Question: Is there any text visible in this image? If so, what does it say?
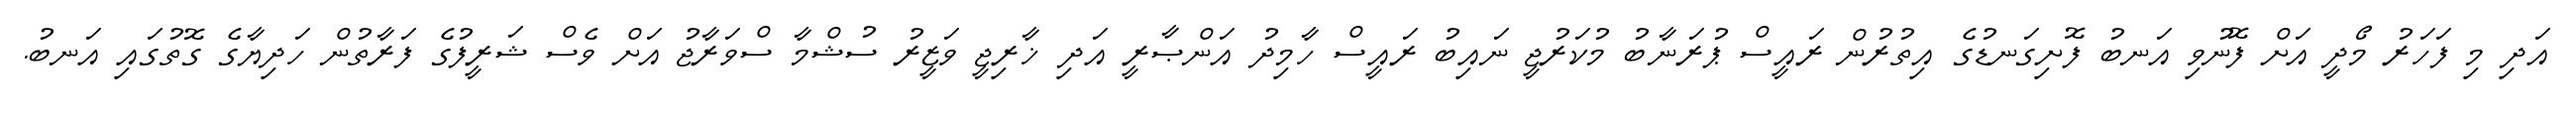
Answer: އަދި މި ފަހަރު މޯދީ އަށް ފޮނުވި އަނބު ފޮށިގަނޑުގެ އިތުރުން ރައީސް ޕުރަނާބު މުކަރުޖީ ނައިބު ރައީސް ހާމިދު އަންޞާރީ އަދި ޚާރިޖީ ވަޒީރު ސުޝްމާ ސްވަރާޖު އަށް ވެސް ޝަރީފުގެ ފަރާތުން ހަދިޔާގެ ގޮތުގައި އަނބު.